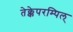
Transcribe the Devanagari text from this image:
तेक्केपरम्पिल्